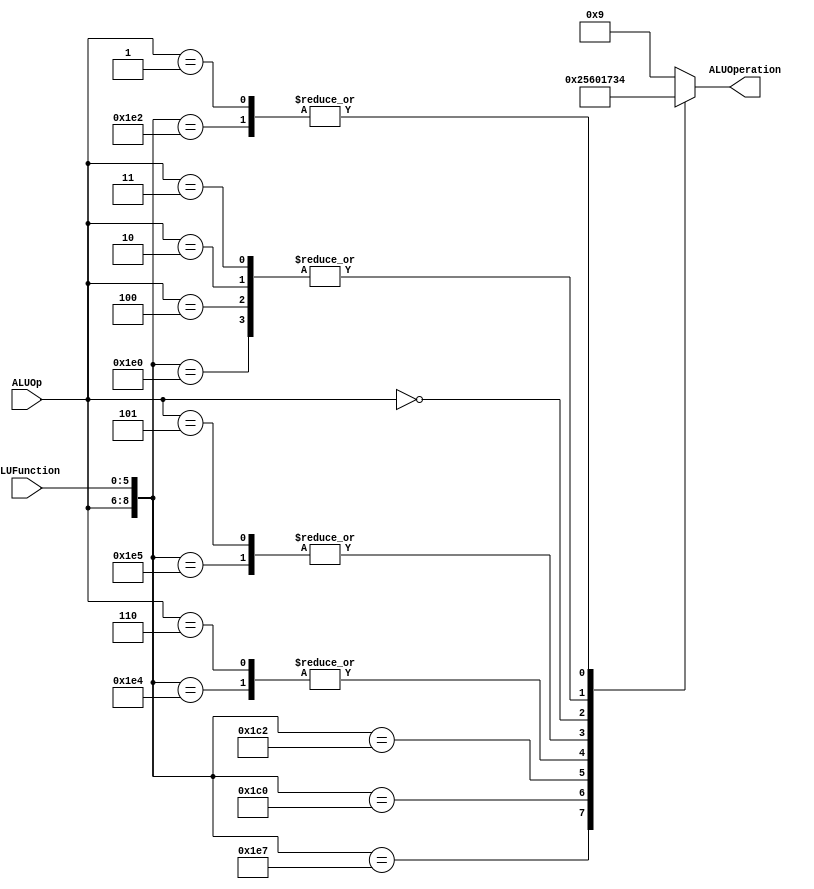
/******************************************************************
* Description
*	This is the control unit for the ALU. It receves an signal called 
*	ALUOp from the control unit and a signal called ALUFunction from
*	the intrctuion field named function.
* Version:
*	1.0
* Author:
*	Dr. Jos Luis Pizano Escalante
* email:
*	luispizano@iteso.mx
* Date:
*	01/03/2014
******************************************************************/
module ALUControl
(
	input [2:0] ALUOp,
	input [5:0] ALUFunction,
	output [3:0] ALUOperation

);

localparam R_Type_AND   = 9'b111_100100;
localparam R_Type_OR    = 9'b111_100101;
localparam R_Type_NOR   = 9'b111_100111;
localparam R_Type_ADD   = 9'b111_100000;
localparam R_Type_SUB	= 9'b111_100010;
localparam R_Type_SLL	= 9'b111_000000;
localparam R_Type_SRL	= 9'b111_000010;

localparam I_Type_ADDI  = 9'b100_xxxxxx;
localparam I_Type_ORI   = 9'b101_xxxxxx;
localparam I_Type_ANDI	= 9'b110_xxxxxx;
localparam I_Type_LUI	= 9'b000_xxxxxx;
localparam I_Type_LW		= 9'b010_xxxxxx;	//sw y lw hacen suma de registro e inmediato
localparam I_Type_SW		= 9'b011_xxxxxx;
localparam BEQ_AND_BNE	= 9'b001_xxxxxx;


reg [3:0] ALUControlValues;
wire [8:0] Selector;

assign Selector = {ALUOp, ALUFunction};

always@(Selector)begin
	casex(Selector)
		R_Type_AND:    ALUControlValues = 4'b0000;
		R_Type_OR: 		ALUControlValues = 4'b0001;
		R_Type_NOR: 	ALUControlValues = 4'b0010;
		R_Type_ADD: 	ALUControlValues = 4'b0011;
		R_Type_SUB: 	ALUControlValues = 4'b0100;
		R_Type_SLL:		ALUControlValues = 4'b0101;
		R_Type_SRL:		ALUControlValues = 4'b0110;
		
		I_Type_ANDI:	ALUControlValues = 4'b0000;
		I_Type_ADDI:	ALUControlValues = 4'b0011;
		I_Type_ORI:		ALUControlValues = 4'b0001;
		I_Type_LUI:		ALUControlValues = 4'b0111;
		I_Type_LW:		ALUControlValues = 4'b0011;	// Para hacer una suma entre inmediato y rs
		I_Type_SW:		ALUControlValues = 4'b0011;
		
		BEQ_AND_BNE:	ALUControlValues = 4'b0100;	//Para hacer una resta
		
		default: ALUControlValues = 4'b1001;
	endcase
end


assign ALUOperation = ALUControlValues;

endmodule